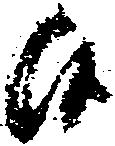
候